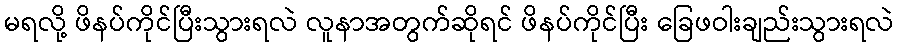
မရလို့ ဖိနပ်ကိုင်ပြီးသွားရလဲ လူနာအတွက်ဆိုရင် ဖိနပ်ကိုင်ပြီး ခြေဖဝါးချည်းသွားရလဲ